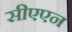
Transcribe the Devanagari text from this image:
सीएएन